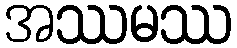
အဿမဿ